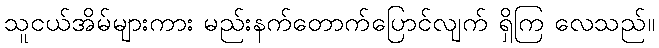
သူငယ်အိမ်များကား မည်းနက်တောက်ပြောင်လျက် ရှိကြ လေသည်။